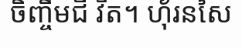
ចិញ្ចឹមជី វិត។ ហ៊័រនសៃ